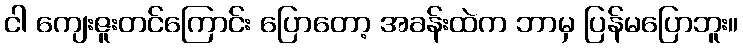
ငါ ကျေးဇူးတင်ကြောင်း ပြောတော့ အခန်းထဲက ဘာမှ ပြန်မပြောဘူး။